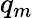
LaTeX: q_{m}